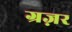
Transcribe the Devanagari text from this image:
ग्रज़र